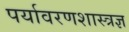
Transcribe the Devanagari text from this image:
पर्यावरणशास्त्रज्ञ